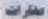
عقارات